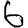
Digit: 6